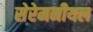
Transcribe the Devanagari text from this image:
सेरेमनीयल